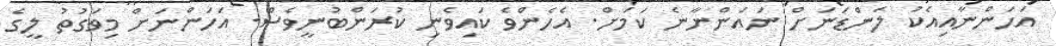
އަހަންނާއިއެކު ލަންޑަނަށް ނައަންނާނެ ކަމަށް. އެހެންވެ ކައިވެނި ކުރަންބުނީވެސް. އަހަންނަށް މިވަގުތު ލީގެ